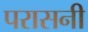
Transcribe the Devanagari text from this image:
परासनी